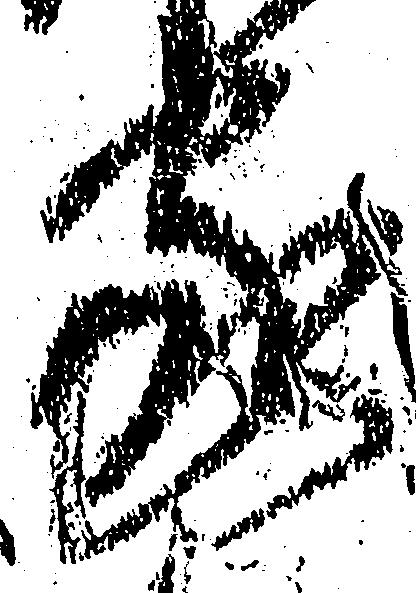
家